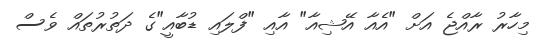
މިހާރު ރާއްޖެ އަށް "އެއާ އޭޝިއާ" އާއި "ފްލައި ޑުބާއީ"ގެ ދަތުރުތައް ވެސް